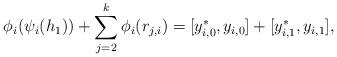
LaTeX: \begin{align*}\phi_i(\psi_i(h_1))+\sum_{j=2}^k \phi_i(r_{j,i})=[y_{i,0}^*,y_{i,0}]+[y_{i,1}^*,y_{i,1}],\end{align*}